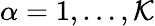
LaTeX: {\alpha=1,\ldots,\mathcal{K}}